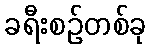
ခရီးစဉ်တစ်ခု